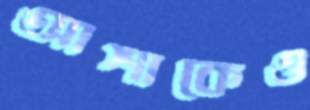
আশাকেও